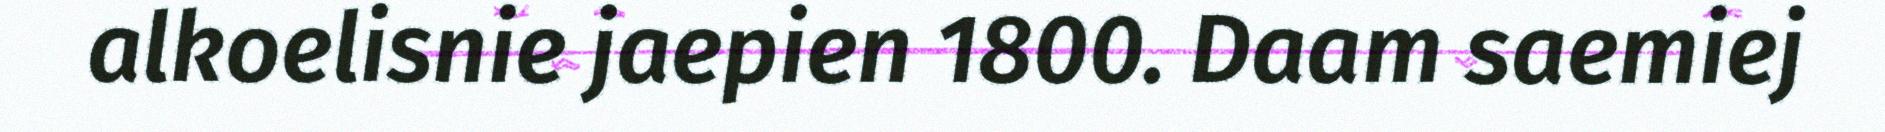
alkoelisnie jaepien 1800. Daam saemiej